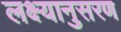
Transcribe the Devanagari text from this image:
लक्ष्यानुसरण